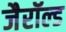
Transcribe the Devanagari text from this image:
जैरॉल्ड